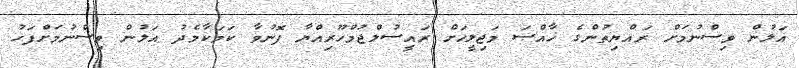
އަލުން ވިސްނުމަށް ރައްޔިތުންގެ ޚާއްޞަ މަޖިލީހަށް ރައީސުލްޖުމްހޫރިއްޔާ ފޮނުވާ ކަމަކާމެދު އަލުން ވިސްނުމަށްފަހު